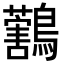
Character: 𪇜